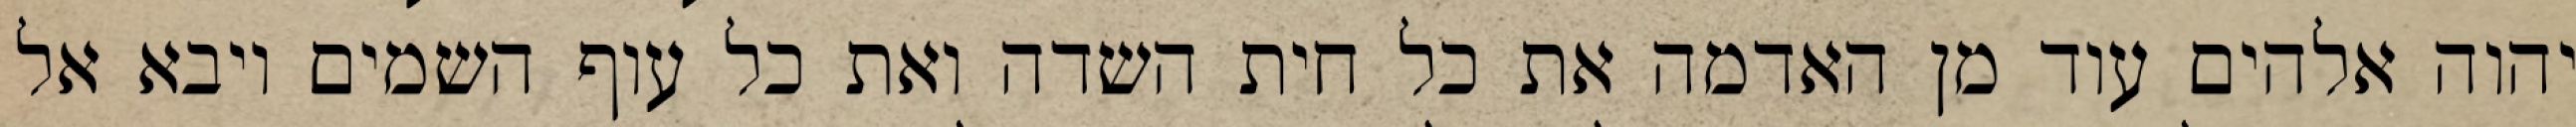
יהוה אלהים עוד מן האדמה את כל חית השדה ואת כל עוף השמים ויבא אל